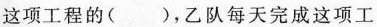
这项工程的( )，乙队每天完成这项工